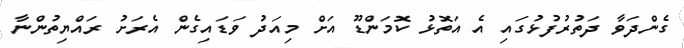
ގެންދަވާ ދަތުރުފުޅުގައި އެ އަތޮޅު ކޮމަންޑޫ އަށް މިއަދު ވަޑައިގެން އެރަށު ރައްޔިތުންނާ